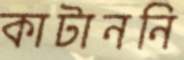
কাটাননি